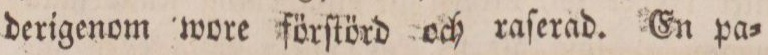
derigenom wore förſtörd och raſerad. En pa=